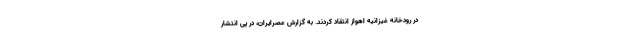
در رودخانه غیزانیه اهواز انتقاد کردند. به گزارش عصرایران، در پی انتشار